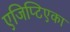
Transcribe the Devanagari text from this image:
एजिप्टिएका